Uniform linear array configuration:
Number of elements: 24
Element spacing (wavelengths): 0.5
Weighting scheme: hamming
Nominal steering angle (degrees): -30
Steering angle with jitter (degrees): -28.731
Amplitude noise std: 0.05
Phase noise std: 0.05

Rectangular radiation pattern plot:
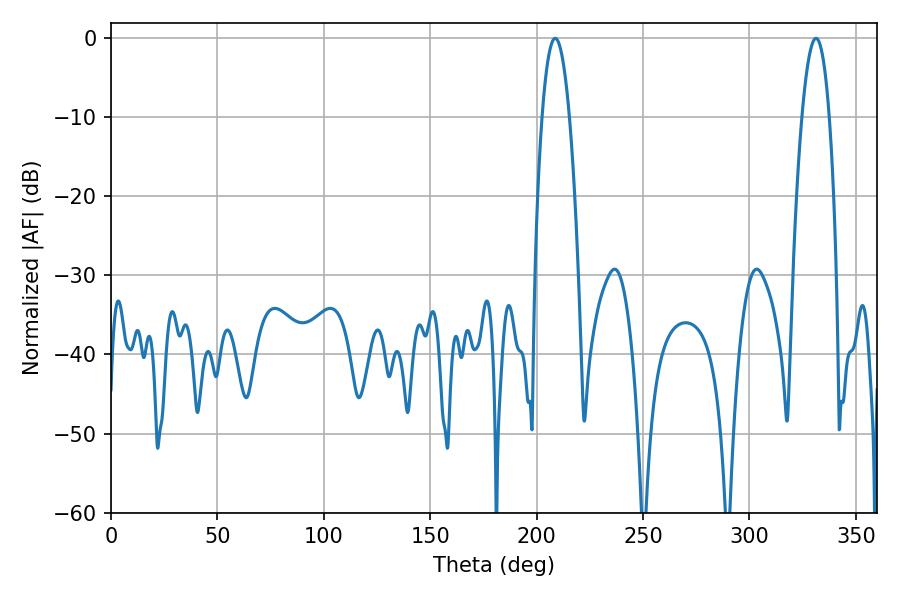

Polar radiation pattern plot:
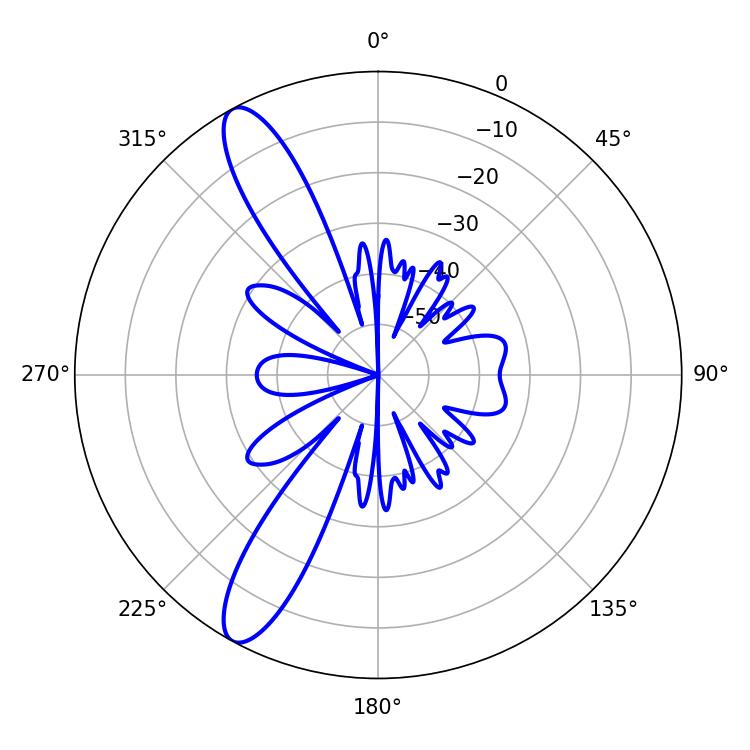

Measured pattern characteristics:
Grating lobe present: FALSE
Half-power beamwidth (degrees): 7.2
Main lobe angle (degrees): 208.8